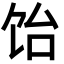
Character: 饴